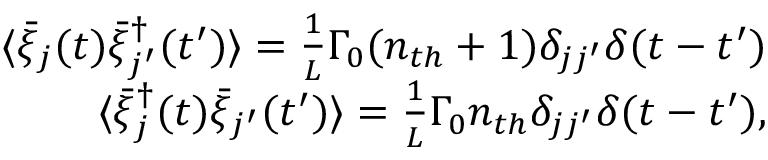
\begin{array} { r l r } & { } & { \langle \bar { \xi } _ { j } ( t ) \bar { \xi } _ { j ^ { \prime } } ^ { \dag } ( t ^ { \prime } ) \rangle = \frac { 1 } { L } \Gamma _ { 0 } ( n _ { t h } + 1 ) \delta _ { j j ^ { \prime } } \delta ( t - t ^ { \prime } ) } \\ & { } & { \langle \bar { \xi } _ { j } ^ { \dag } ( t ) \bar { \xi } _ { j ^ { \prime } } ( t ^ { \prime } ) \rangle = \frac { 1 } { L } \Gamma _ { 0 } n _ { t h } \delta _ { j j ^ { \prime } } \delta ( t - t ^ { \prime } ) , } \end{array}